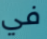
في